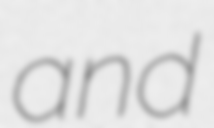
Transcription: and